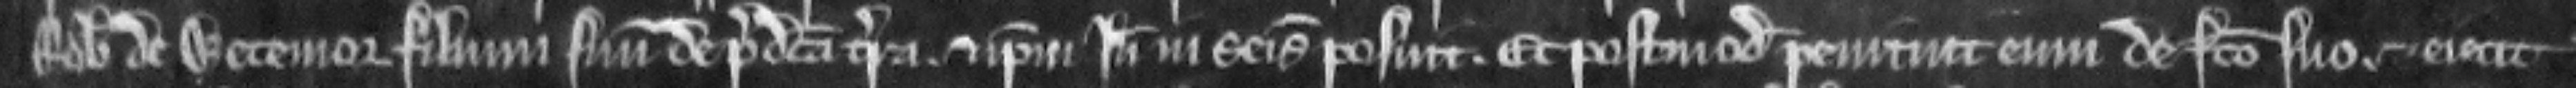
Robertum de Wetemor filium suum de predicta terra. et ipsum inde in seisina posuit. Et postmodum penituit eum de facto suo. et ejecit